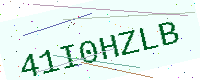
Text: 41I0HZLB